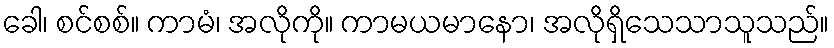
ခေါ၊ စင်စစ်။ ကာမံ၊ အလိုကို။ ကာမယမာနော၊ အလိုရှိသေသာသူသည်။